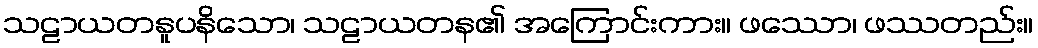
သဠာယတနူပနိသော၊ သဠာယတန၏ အကြောင်းကား။ ဖဿော၊ ဖဿတည်း။